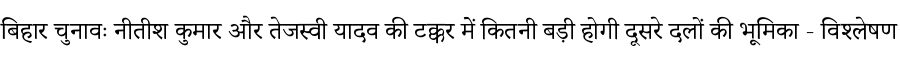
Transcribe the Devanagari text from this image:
बिहार चुनावः नीतीश कुमार और तेजस्वी यादव की टक्कर में कितनी बड़ी होगी दूसरे दलों की भूमिका - विश्लेषण